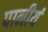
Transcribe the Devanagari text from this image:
पानीयं